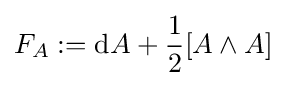
F_{A}:=\mathrm {d} A+{\frac {1}{2}}[A\wedge A]